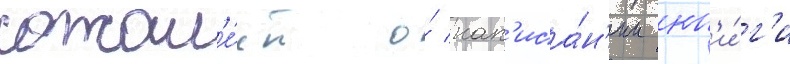
сожал'е́ет о́ нап'иса́н'ии кн'и́г'и